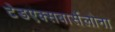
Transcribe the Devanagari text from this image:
टेडएक्सबार्सेलोना